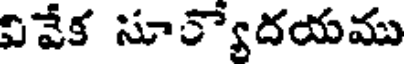
వివేక సూ్యేదయము